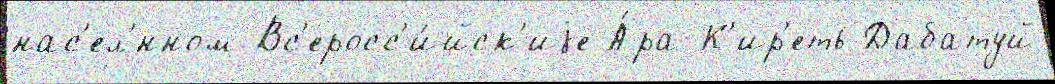
нас'ел'́нном Вс'еросс'и́йск'иjе А́ра-К'ир'еть Дабатуй